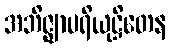
အဘိဇ္ဈာပရိယုဋ္ဌိတေန